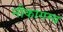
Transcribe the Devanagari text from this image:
नौकागम्य